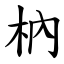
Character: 枘